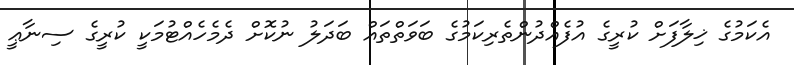
އެކަމުގެ ޚިލާފަށް ކުރީގެ އުފެއްދުންތެރިކަމުގެ ބަވަތްތައް ބަދަލު ނުކޮށް ދެމެހެއްޓުމަކީ ކުރީގެ ސިނާޢީ